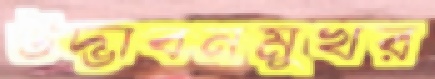
উদ্ভাবনমুখর